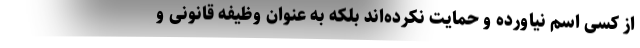
از کسی اسم نیاورده و حمایت نکرده‌اند بلکه به عنوان وظیفه قانونی و